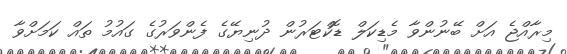
މިރާއްޖެ އަށް ބޭނުންވާ މެޑިކަލް ޑޮކްޓަރުން ދުނިޔޭގެ ފެންވަރުގެ ގައުމު ތައް ކަމަށްވާ